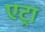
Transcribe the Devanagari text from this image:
एट्रा